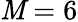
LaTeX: \mathit{M}=6